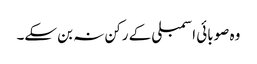
وہ صوبائی اسمبلی کے رکن نہ بن سکے۔